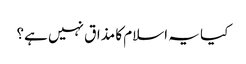
کیا یہ اسلام کا مذاق نہیں ہے؟